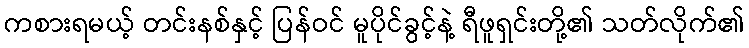
ကစားရမယ့် တင်းနစ်နှင့် ပြန်ဝင် မူပိုင်ခွင့်နဲ့ ရီဖူရှင်းတို့၏ သတ်လိုက်၏